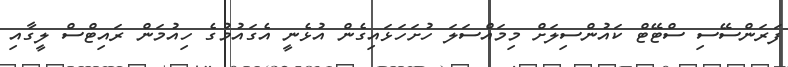
ފަރަންސޭސި ސްޓޭޓް ކައުންސިލަށް މިމައްސަލަ ހުށަހަޅައިގެން އުޅެނީ އެގައުމުގެ ހިއުމަން ރައިޓްސް ލީގާއި